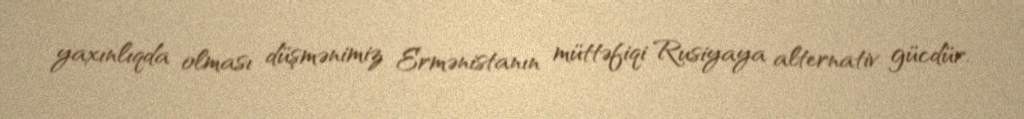
yaxınlıqda olması düşmənimiz Ermənistanın müttəfiqi Rusiyaya alternativ gücdür.